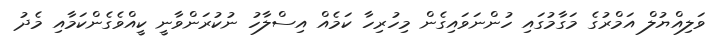
ވަލިއްޔުލް އަމްރުގެ މަގާމުގައި ހުންނަވައިގެން މިހުރިހާ ކަމެއް އިސްލާހު ނުކުރަންވާނީ ކީއްވެގެންކަމާއި މެދު